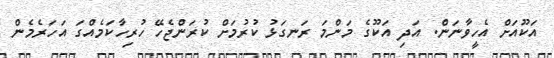
އަކޫއަށް އެހީވާނަން. އަދި އަކޫގެ މަންމަ ރަނގަޅު ކުރުމަށް ކުރަންޖެހޭ ހުރިހާކަމެއްގަ އަހަރެމެން